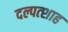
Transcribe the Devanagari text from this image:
दल्पत्शाह